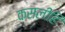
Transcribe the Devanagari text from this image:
कसलीहि